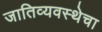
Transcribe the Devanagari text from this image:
जातिव्यवस्थेचा